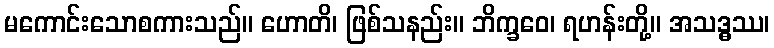
မကောင်းသောစကားသည်။ ဟောတိ၊ ဖြစ်သနည်း။ ဘိက္ခဝေ၊ ရဟန်းတို့။ အသဒ္ဓဿ၊